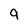
Character: 9